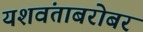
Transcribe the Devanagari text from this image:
यशवंताबरोबर